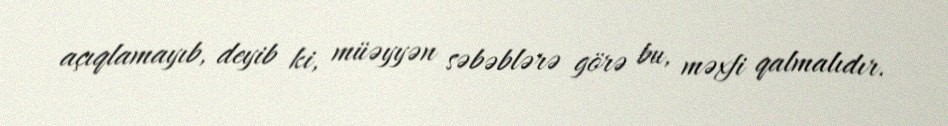
açıqlamayıb, deyib ki, müəyyən səbəblərə görə bu, məxfi qalmalıdır.